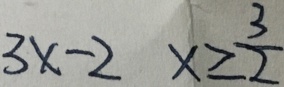
3 x - 2 x \geq \frac { 3 } { 2 }